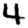
Digit: 4